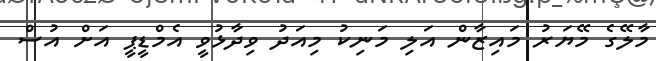
މާލޭގެ މޭޔަރު މައިޒާން އަލި މަނިކު މިއަދު ވިދާޅުވީ އެމްޑީޕީ އަށް އުސް